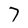
Character: 7